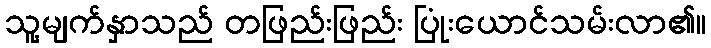
သူ့မျက်နှာသည် တဖြည်းဖြည်း ပြုံးယောင်သမ်းလာ၏။